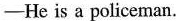
—He is a policeman.